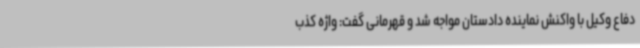
دفاع وکیل با واکنش نماینده دادستان مواجه شد و قهرمانی گفت: واژه کذب